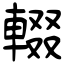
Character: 輟